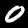
Label: 0